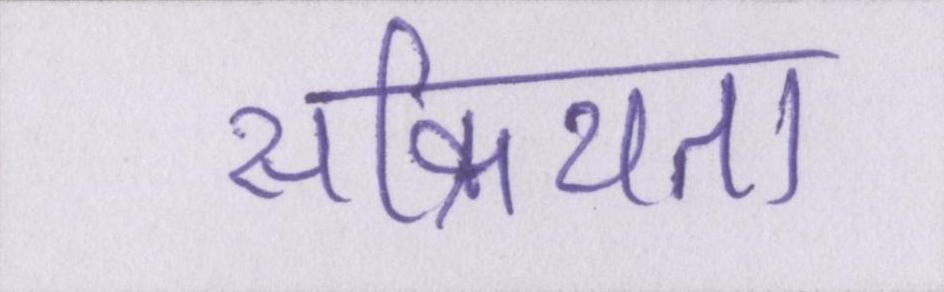
सक्रियता